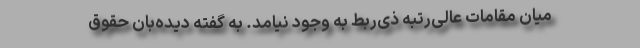
میان مقامات عالی‌رتبه ذی‌ربط به وجود نیامد. به گفته دیده‌بان حقوق